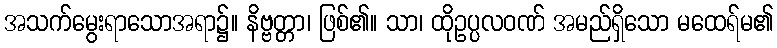
အသက်မွေးရာသောအရာ၌။ နိဗ္ဗတ္တာ၊ ဖြစ်၏။ သာ၊ ထိုဥပ္ပလဝဏ် အမည်ရှိသော မထေရ်မ၏